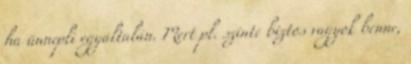
ha ünnepli egyáltalán. Mert pl. szinte biztos vagyok benne,